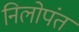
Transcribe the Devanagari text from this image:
निलोपंत